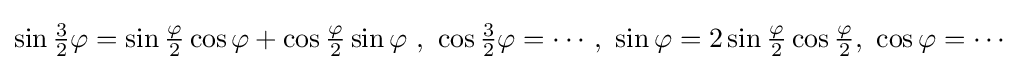
\sin {\tfrac {3}{2}}\varphi =\sin {\tfrac {\varphi }{2}}\cos \varphi +\cos {\tfrac {\varphi }{2}}\sin \varphi \ ,\ \cos {\tfrac {3}{2}}\varphi =\cdots ,\ \sin \varphi =2\sin {\tfrac {\varphi }{2}}\cos {\tfrac {\varphi }{2}},\ \cos \varphi =\cdots \